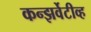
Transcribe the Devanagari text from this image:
कन्झर्वेटीव्ह